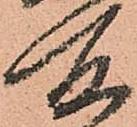
所